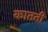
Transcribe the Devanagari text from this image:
कातती